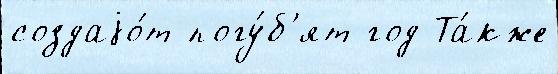
создаjо́т погу́б'ят год Та́кже